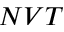
N V T